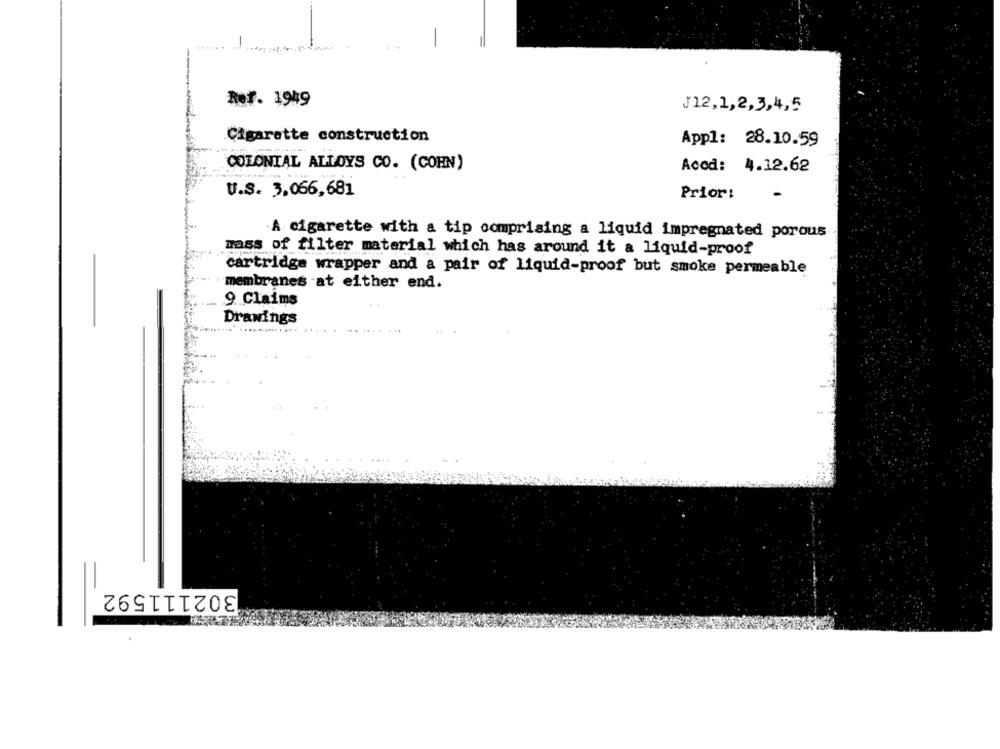
.. .. ..
-
Ref. 1949
J12,1,2,3,4,5
Cigarette construction
Appl: 28.10.59
COLONIAL ALLOYS CO. (COHN)
Aced: 4.12.62
U.S. 3.066,681
Prior:
A cigarette with a tip comprising a liquid impregnated porous
mass of filter material which has around it a liquid-proof
cartridge wrapper and a pair of liquid-proof but smoke permeable
membranes -at either end.
9 Claims
Drawings
302111592